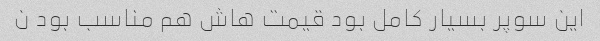
این سوپر بسیار کامل بود قیمت هاش هم مناسب بود ن